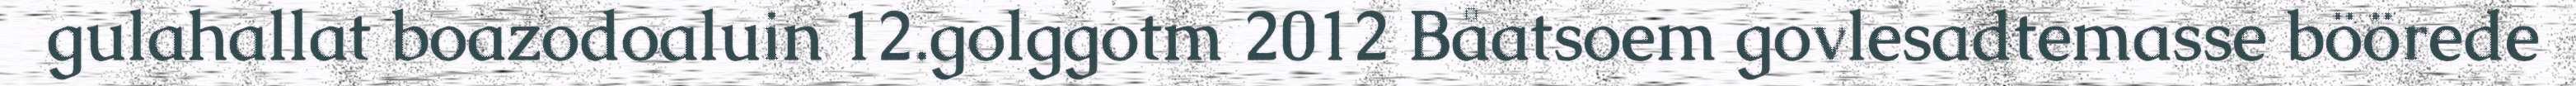
gulahallat boazodoaluin 12.golggotm 2012 Båatsoem govlesadtemasse böörede